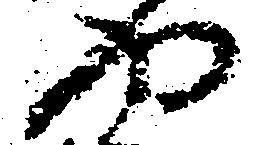
や